Indian journal of veterinary science and animal husbandry - Volume 11,
Year: 1941
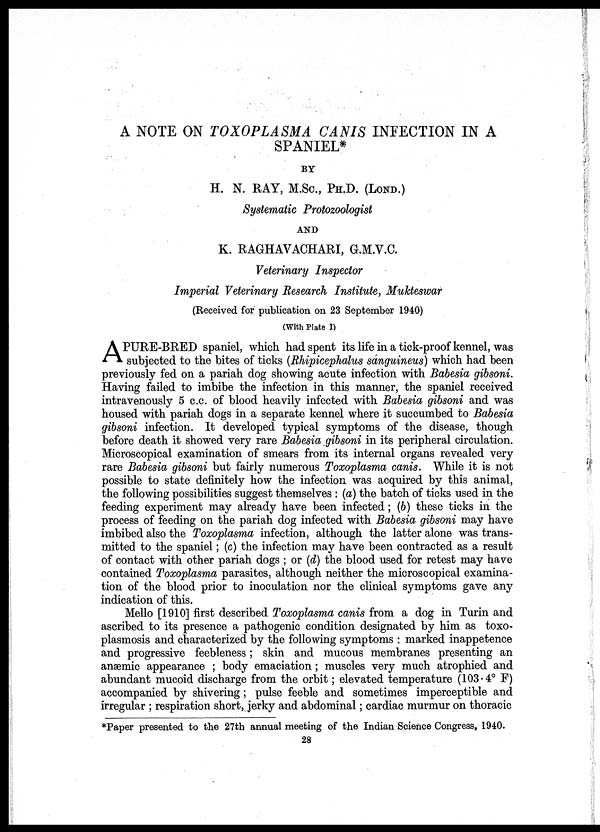
A NOTE ON TOXOPLASMA CANIS INFECTION IN A
SPANIEL*
BY
H. N. RAY, M.Sc., PH.D. (LOND.)
Systematic Protozoologist
AND
K. RAGHAVACHARI, G.M.V.C.
Veterinary Inspector
Imperial Veterinary Research Institute, Mukteswar
(Received for publication on 23 September 1940)
(With Plate I)
A PURE-BRED spaniel, which had spent its life in a tick-proof kennel, was
subjected to the bites of ticks (Rhipicephalus sanguineus) which had been
previously fed on a pariah dog showing acute infection with Babesia gibsoni.
Having failed to imbibe the infection in this manner, the spaniel received
intravenously 5 c.c. of blood heavily infected with Babesia gibsoni and was
housed with pariah dogs in a separate kennel where it succumbed to Babesia
gibsoni infection. It developed typical symptoms of the disease, though
before death it showed very rare Babesia gibsoni in its peripheral circulation.
Microscopical examination of smears from its internal organs revealed very
rare Babesia gibsoni but fairly numerous Toxoplasma canis. While it is not
possible to state definitely how the infection was acquired by this animal,
the following possibilities suggest themselves : (a) the batch of ticks used in the
feeding experiment may already have been infected; (b) these ticks in the
process of feeding on the pariah dog infected with Babesia gibsoni may have
imbibed also the Toxoplasma infection, although the latter alone was trans-
mitted to the spaniel; (c) the infection may have been contracted as a result
of contact with other pariah dogs ; or (d) the blood used for retest may have
contained Toxoplasma parasites, although neither the microscopical examina-
tion of the blood prior to inoculation nor the clinical symptoms gave any
indication of this.
Mello [1910] first described Toxoplasma canis from a dog in Turin and
ascribed to its presence a pathogenic condition designated by him as toxo-
plasmosis and characterized by the following symptoms : marked inappetence
and progressive feebleness; skin and mucous membranes presenting an
anæmic appearance ; body emaciation; muscles very much atrophied and
abundant mucoid discharge from the orbit; elevated temperature (103.4° F)
accompanied by shivering; pulse feeble and sometimes imperceptible and
irregular ; respiration short, jerky and abdominal; cardiac murmur on thoracic
*Paper presented to the 27th annual meeting of the Indian Science Congress, 1940.
28